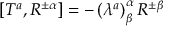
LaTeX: \left[ T ^ { a } , R ^ { \pm \alpha } \right] = - \left( \lambda ^ { a } \right) _ { \beta } ^ { \alpha } R ^ { \pm \beta }